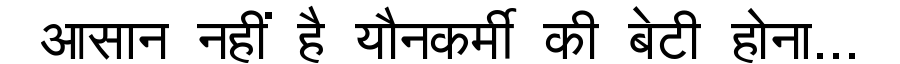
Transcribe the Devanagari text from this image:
आसान नहीं है यौनकर्मी की बेटी होना...